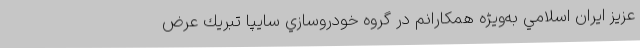
عزيز ايران اسلامي به‌ويژه همكارانم در گروه خودروسازي سايپا تبريك عرض